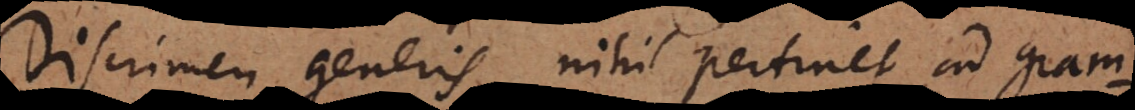
Discrimen generis nihil pertinet ad gram